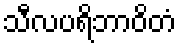
သီလပရိဘာဝိတံ